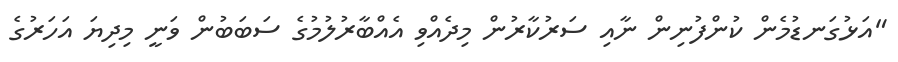
"އަޅުގަނޑުމެން ކުންފުނިން ނާއި ސަރުކާރުން މިދެއްވި އެއްބާރުލުމުގެ ސަބަބުން ވަނީ މިދިޔަ އަހަރުގެ